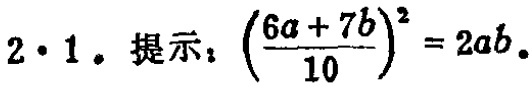
$2\cdot1. 提示：\left(\frac{6a + 7b}{10}\right)^2 = 2ab.$